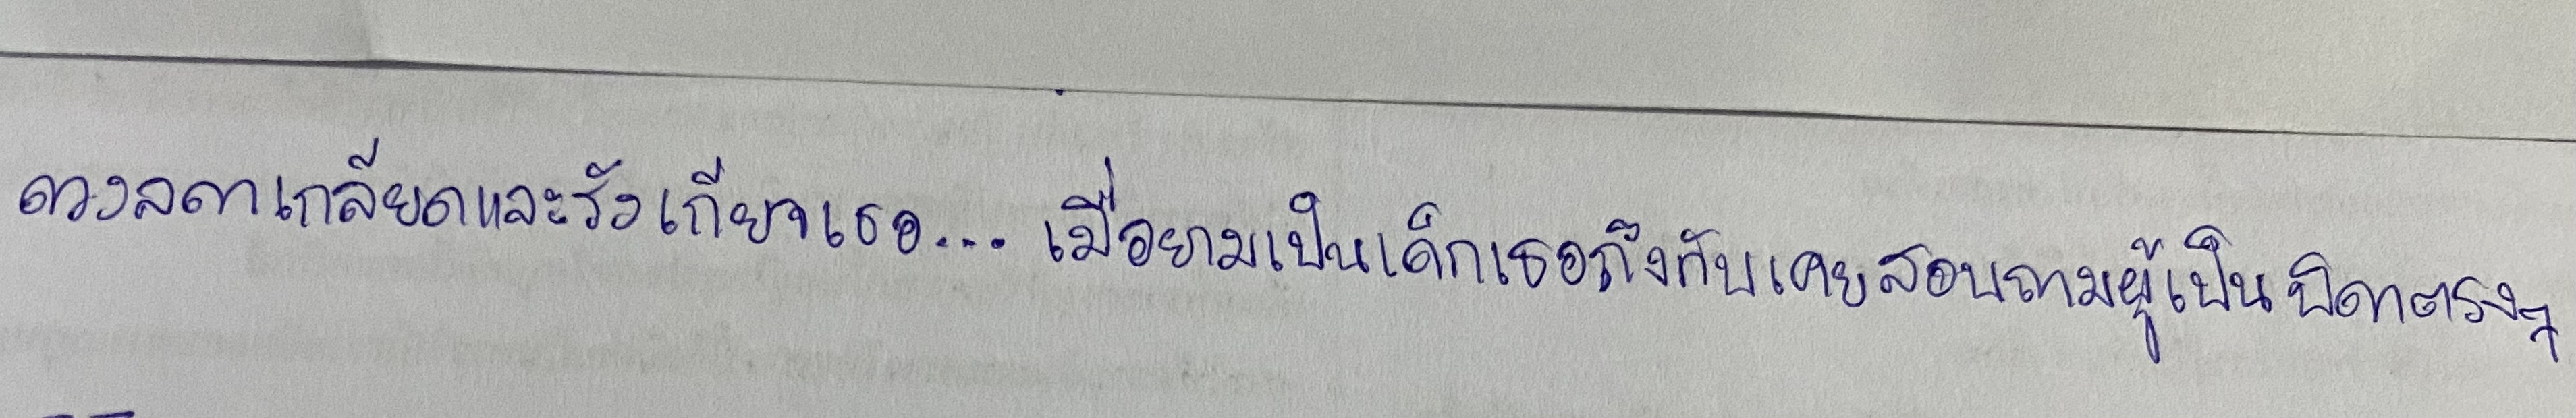
ดวงลดาเกลียดและรังเกียจเธอ...เมื่อยามเป็นเด็กเธอถึงกับเคยสอบถามผู้เป็นบิดาตรงๆ